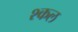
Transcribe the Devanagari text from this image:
श्कल